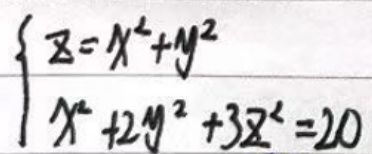
\begin{cases}
z = x^2 + y^2 \\
x^2 + 2y^2 + 3z^2 = 20
\end{cases}